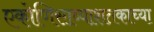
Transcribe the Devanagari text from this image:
एकोणिसाव्याशतकाच्या